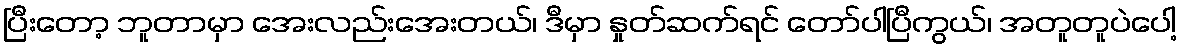
ပြီးတော့ ဘူတာမှာ အေးလည်းအေးတယ်၊ ဒီမှာ နှုတ်ဆက်ရင် တော်ပါပြီကွယ်၊ အတူတူပဲပေါ့